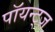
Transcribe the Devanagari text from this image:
पॉयन्ट्ज़